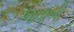
જવાબી